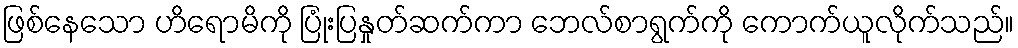
ဖြစ်နေသော ဟိရောမိကို ပြုံးပြနှုတ်ဆက်ကာ ဘေလ်စာရွက်ကို ကောက်ယူလိုက်သည်။